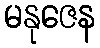
မနုဇေန